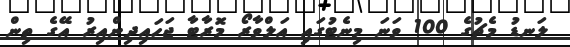
ލަނޑު މެޗުގެ 100 ވަނަ މިނެޓުގައި އަލްވާރޯ މޮރާޓާ ޖަހައިދިންއިރު އޭގެ ތިން